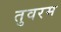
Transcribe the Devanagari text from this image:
तुवरम